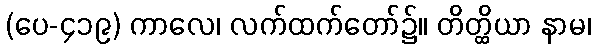
(ပေ-၄၁၉) ကာလေ၊ လက်ထက်တော်၌။ တိတ္ထိယာ နာမ၊